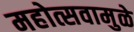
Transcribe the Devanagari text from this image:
महोत्सवामुळे